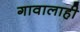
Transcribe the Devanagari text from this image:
गावालाही